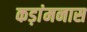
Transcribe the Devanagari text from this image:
कड़ांमनास